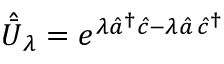
\hat { \bar { U } } _ { \lambda } = e ^ { \lambda \hat { a } ^ { \dag } \hat { c } - \lambda \hat { a } \, \hat { c } ^ { \dag } }